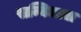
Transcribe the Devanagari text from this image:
सन्निधाता